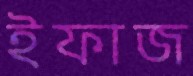
ইফাজ